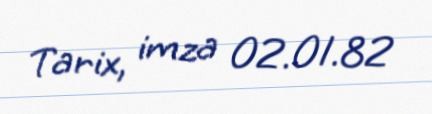
Tarix, imza 02.01.82